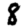
Digit: 8